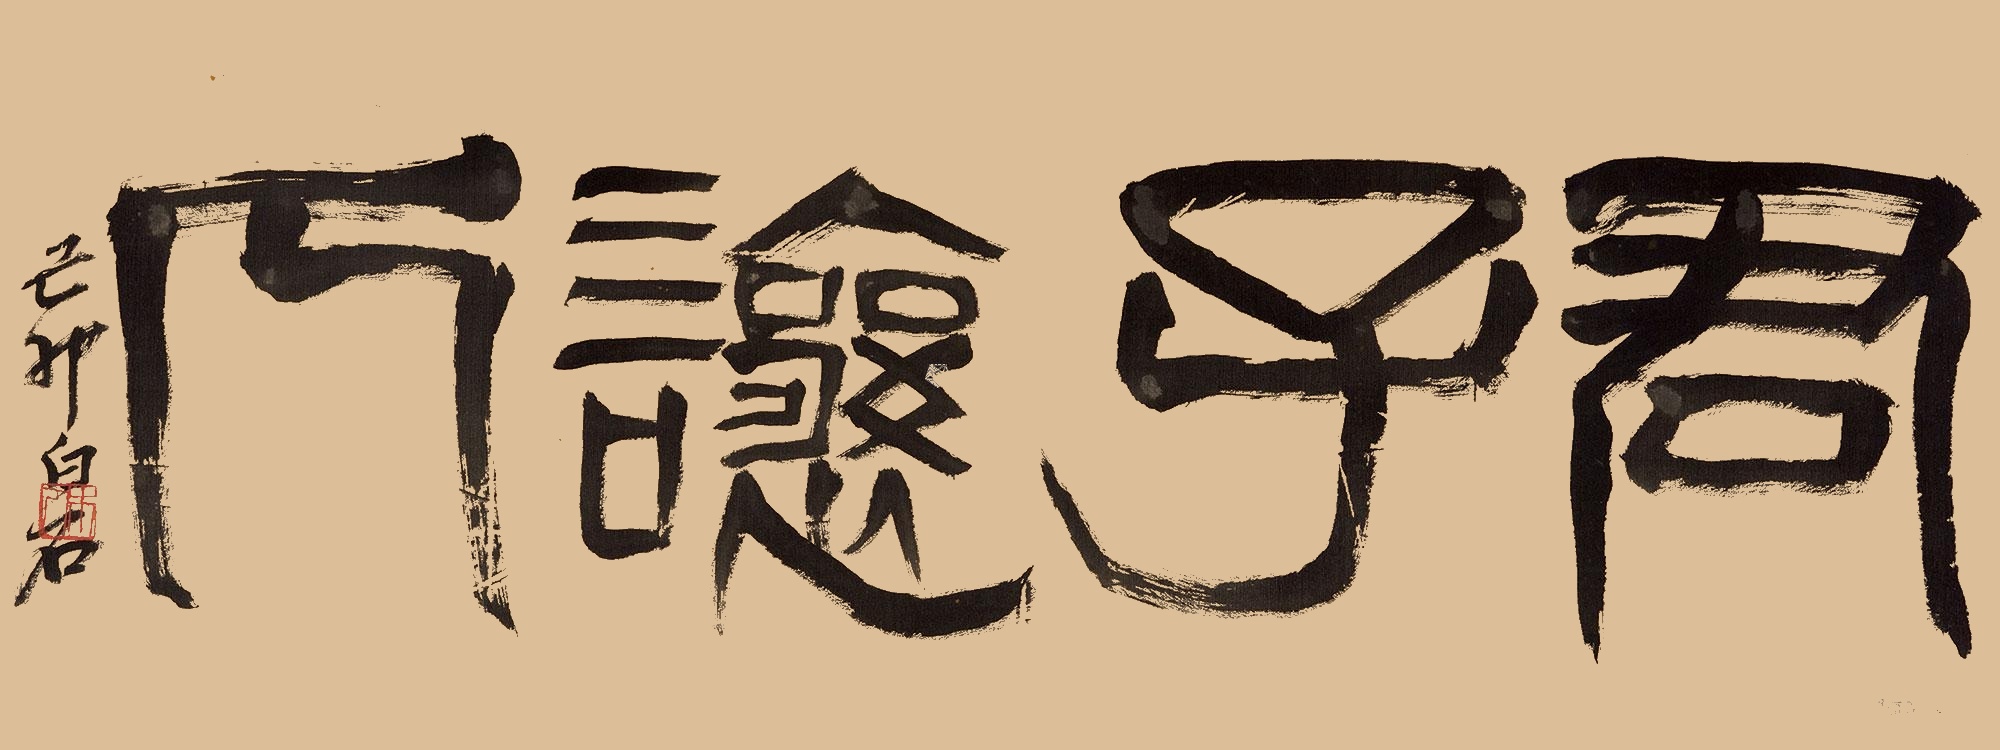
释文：君子让人。已卯白石。